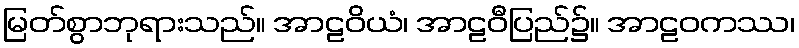
မြတ်စွာဘုရားသည်။ အာဠဝိယံ၊ အာဠဝီပြည်၌။ အာဠဝကဿ၊